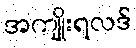
အကျိုးရလဒ်